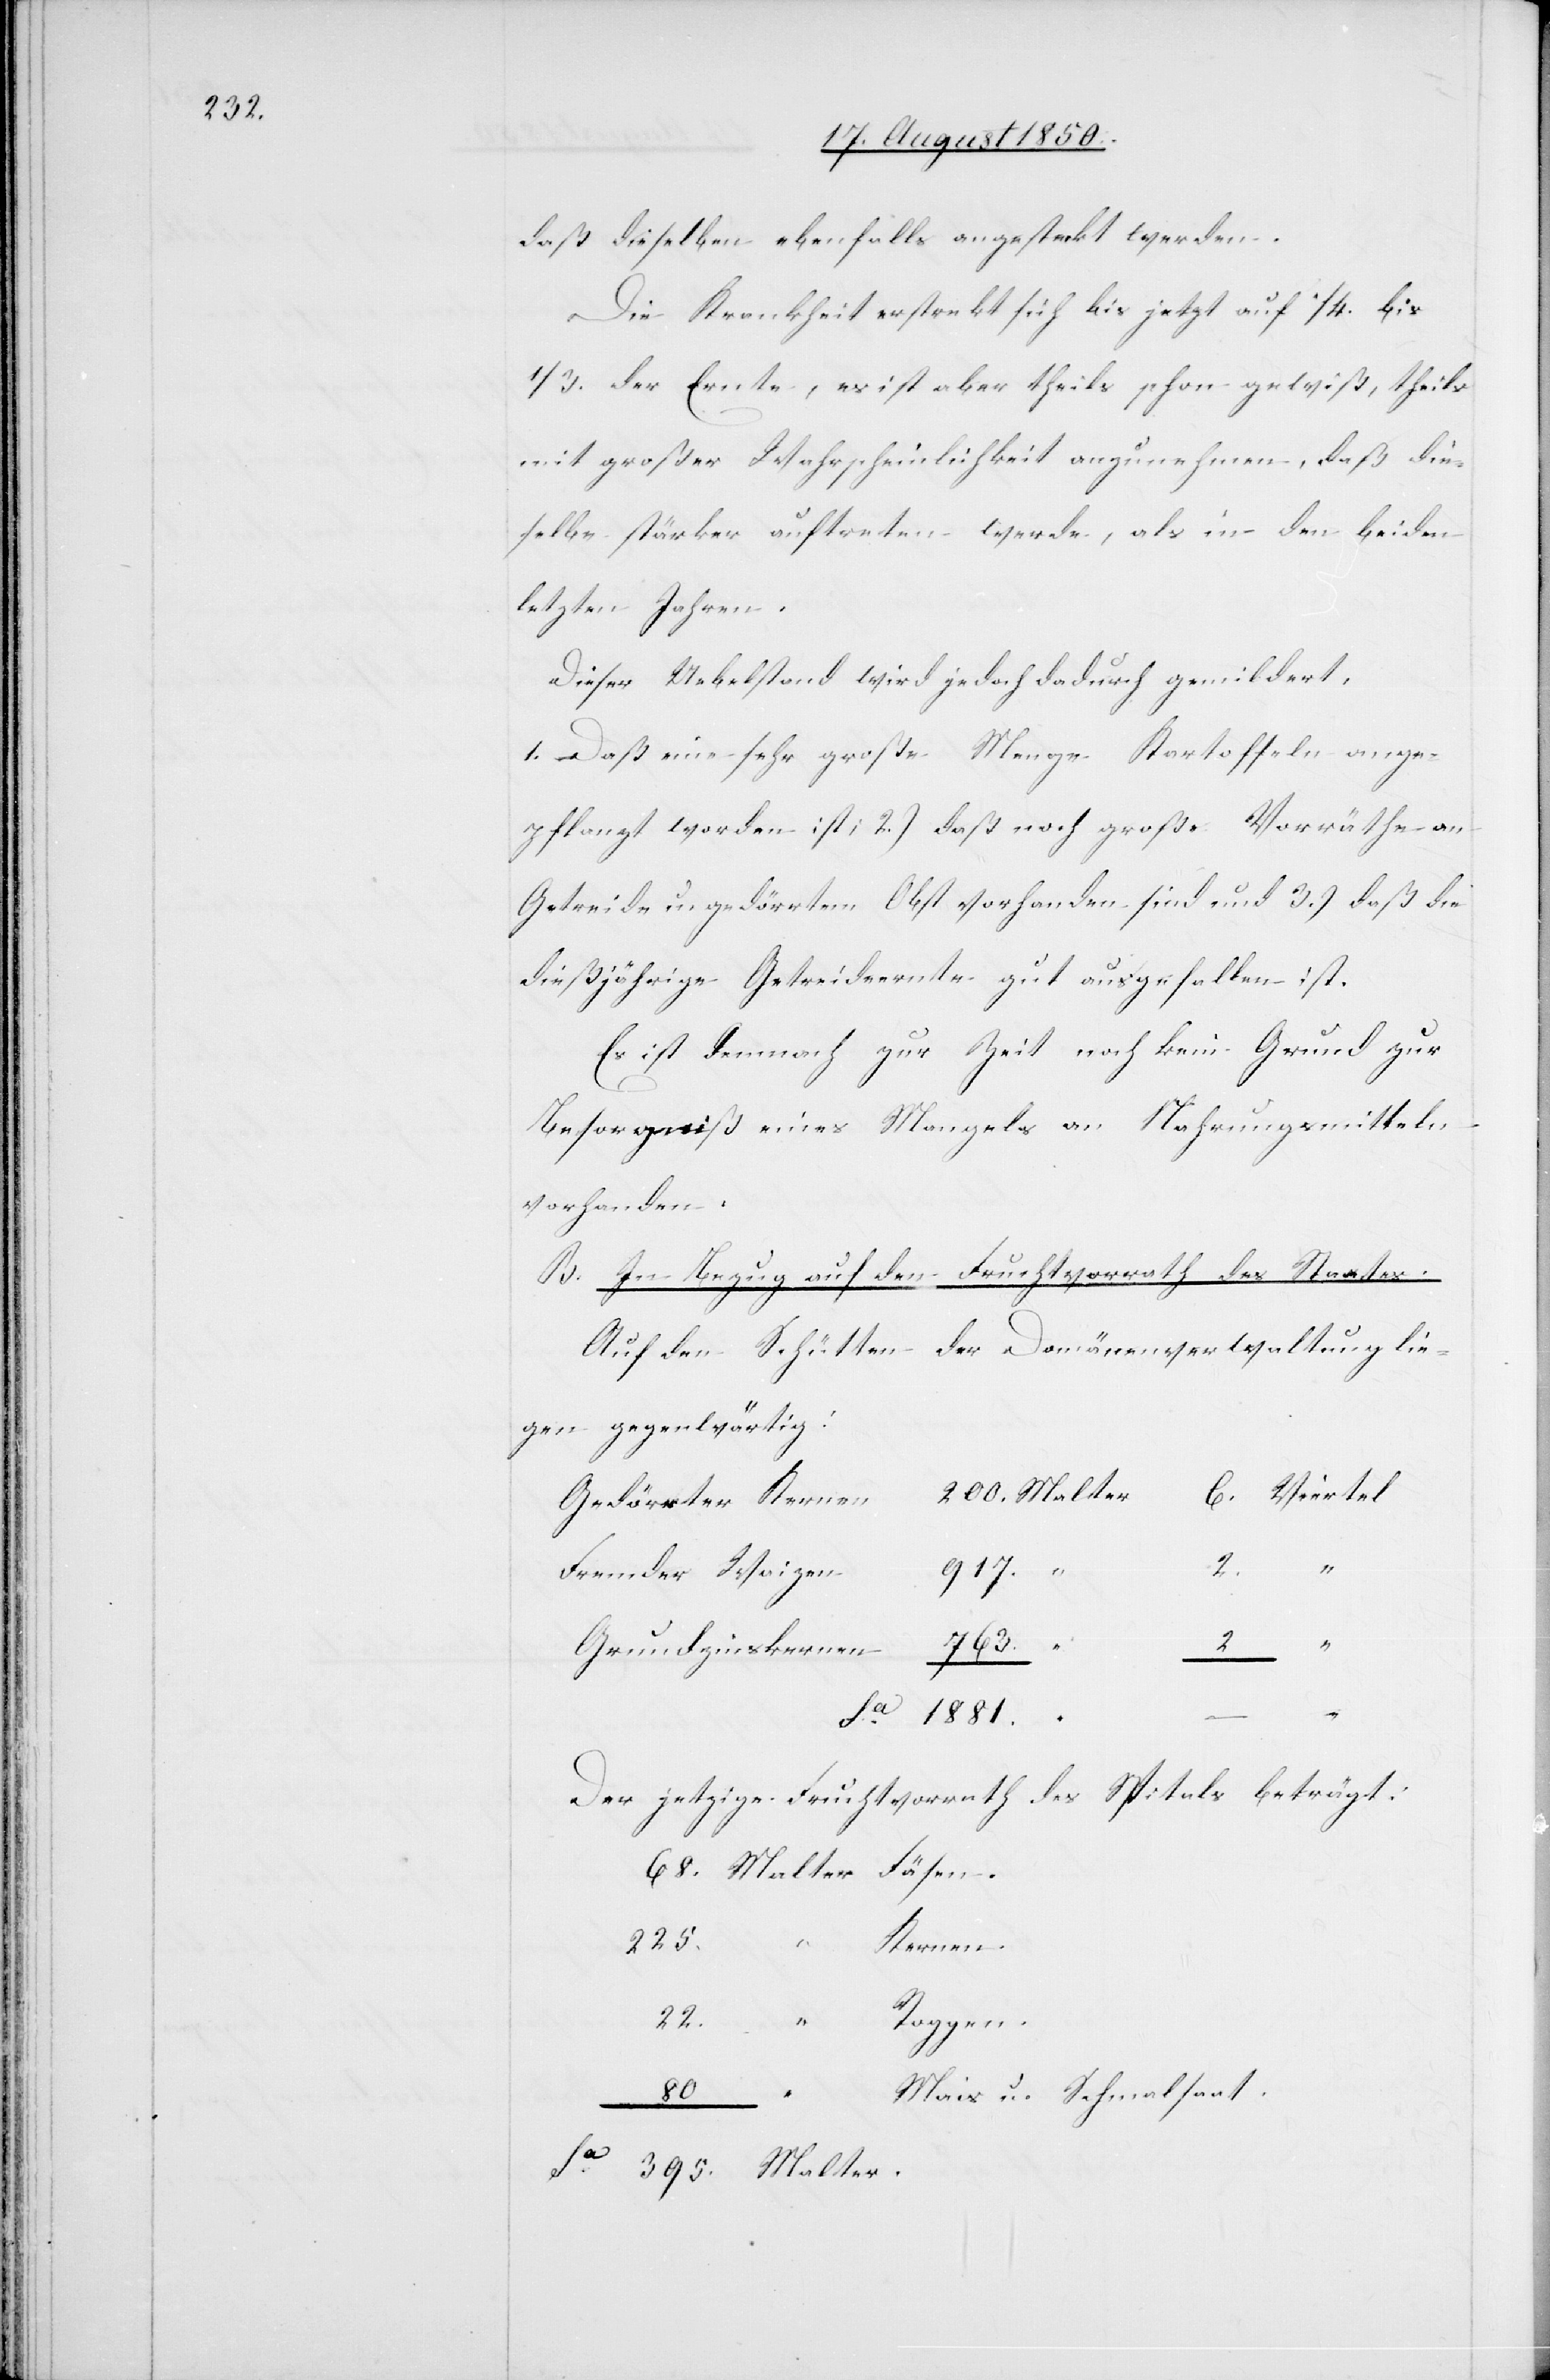
daß dieselben ebenfalls angesteckt werden.
Die Krankheit erstrekt sich bis jetzt auf 1/4 bis
1/3. der Ernte, es ist aber theils schon gewiß, theils
mit großer Wahrscheinlichkeit anzunehmen, daß die¬
selbe stärker auftreten werde, als in den beiden
letzten Jahren.
Dieser Uebelstand wird jedoch dadurch gemildert:
1. Daß eine sehr große Menge Kartoffeln ange¬
pflanzt worden ist; 2.) daß noch große Vorräthe an
Getreide u. gedörrtem Obst vorhanden sind und 3.) daß die
dießjährige Getreideernte gut ausgefallen ist.
Es ist demnach zur Zeit noch kein Grund zur
Besorgniß eines Mangels an Nahrungsmitteln
vorhanden.
B. In Bezug auf den Fruchtvorrath des Staates.
Auf den Schütten der Domänenverwaltung lie¬
gen gegenwärtig:
Gedörrter Kernen
2.
Malter.
Fremder Waizen
917.
Grundzinskernen
763.
2
Der jetzige Fruchtvorrath des Spitals beträgt:
6.
225.
Kernen.
Roggen.
22.
80
Mais u. Schmalsaat.

–